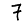
Digit: 7